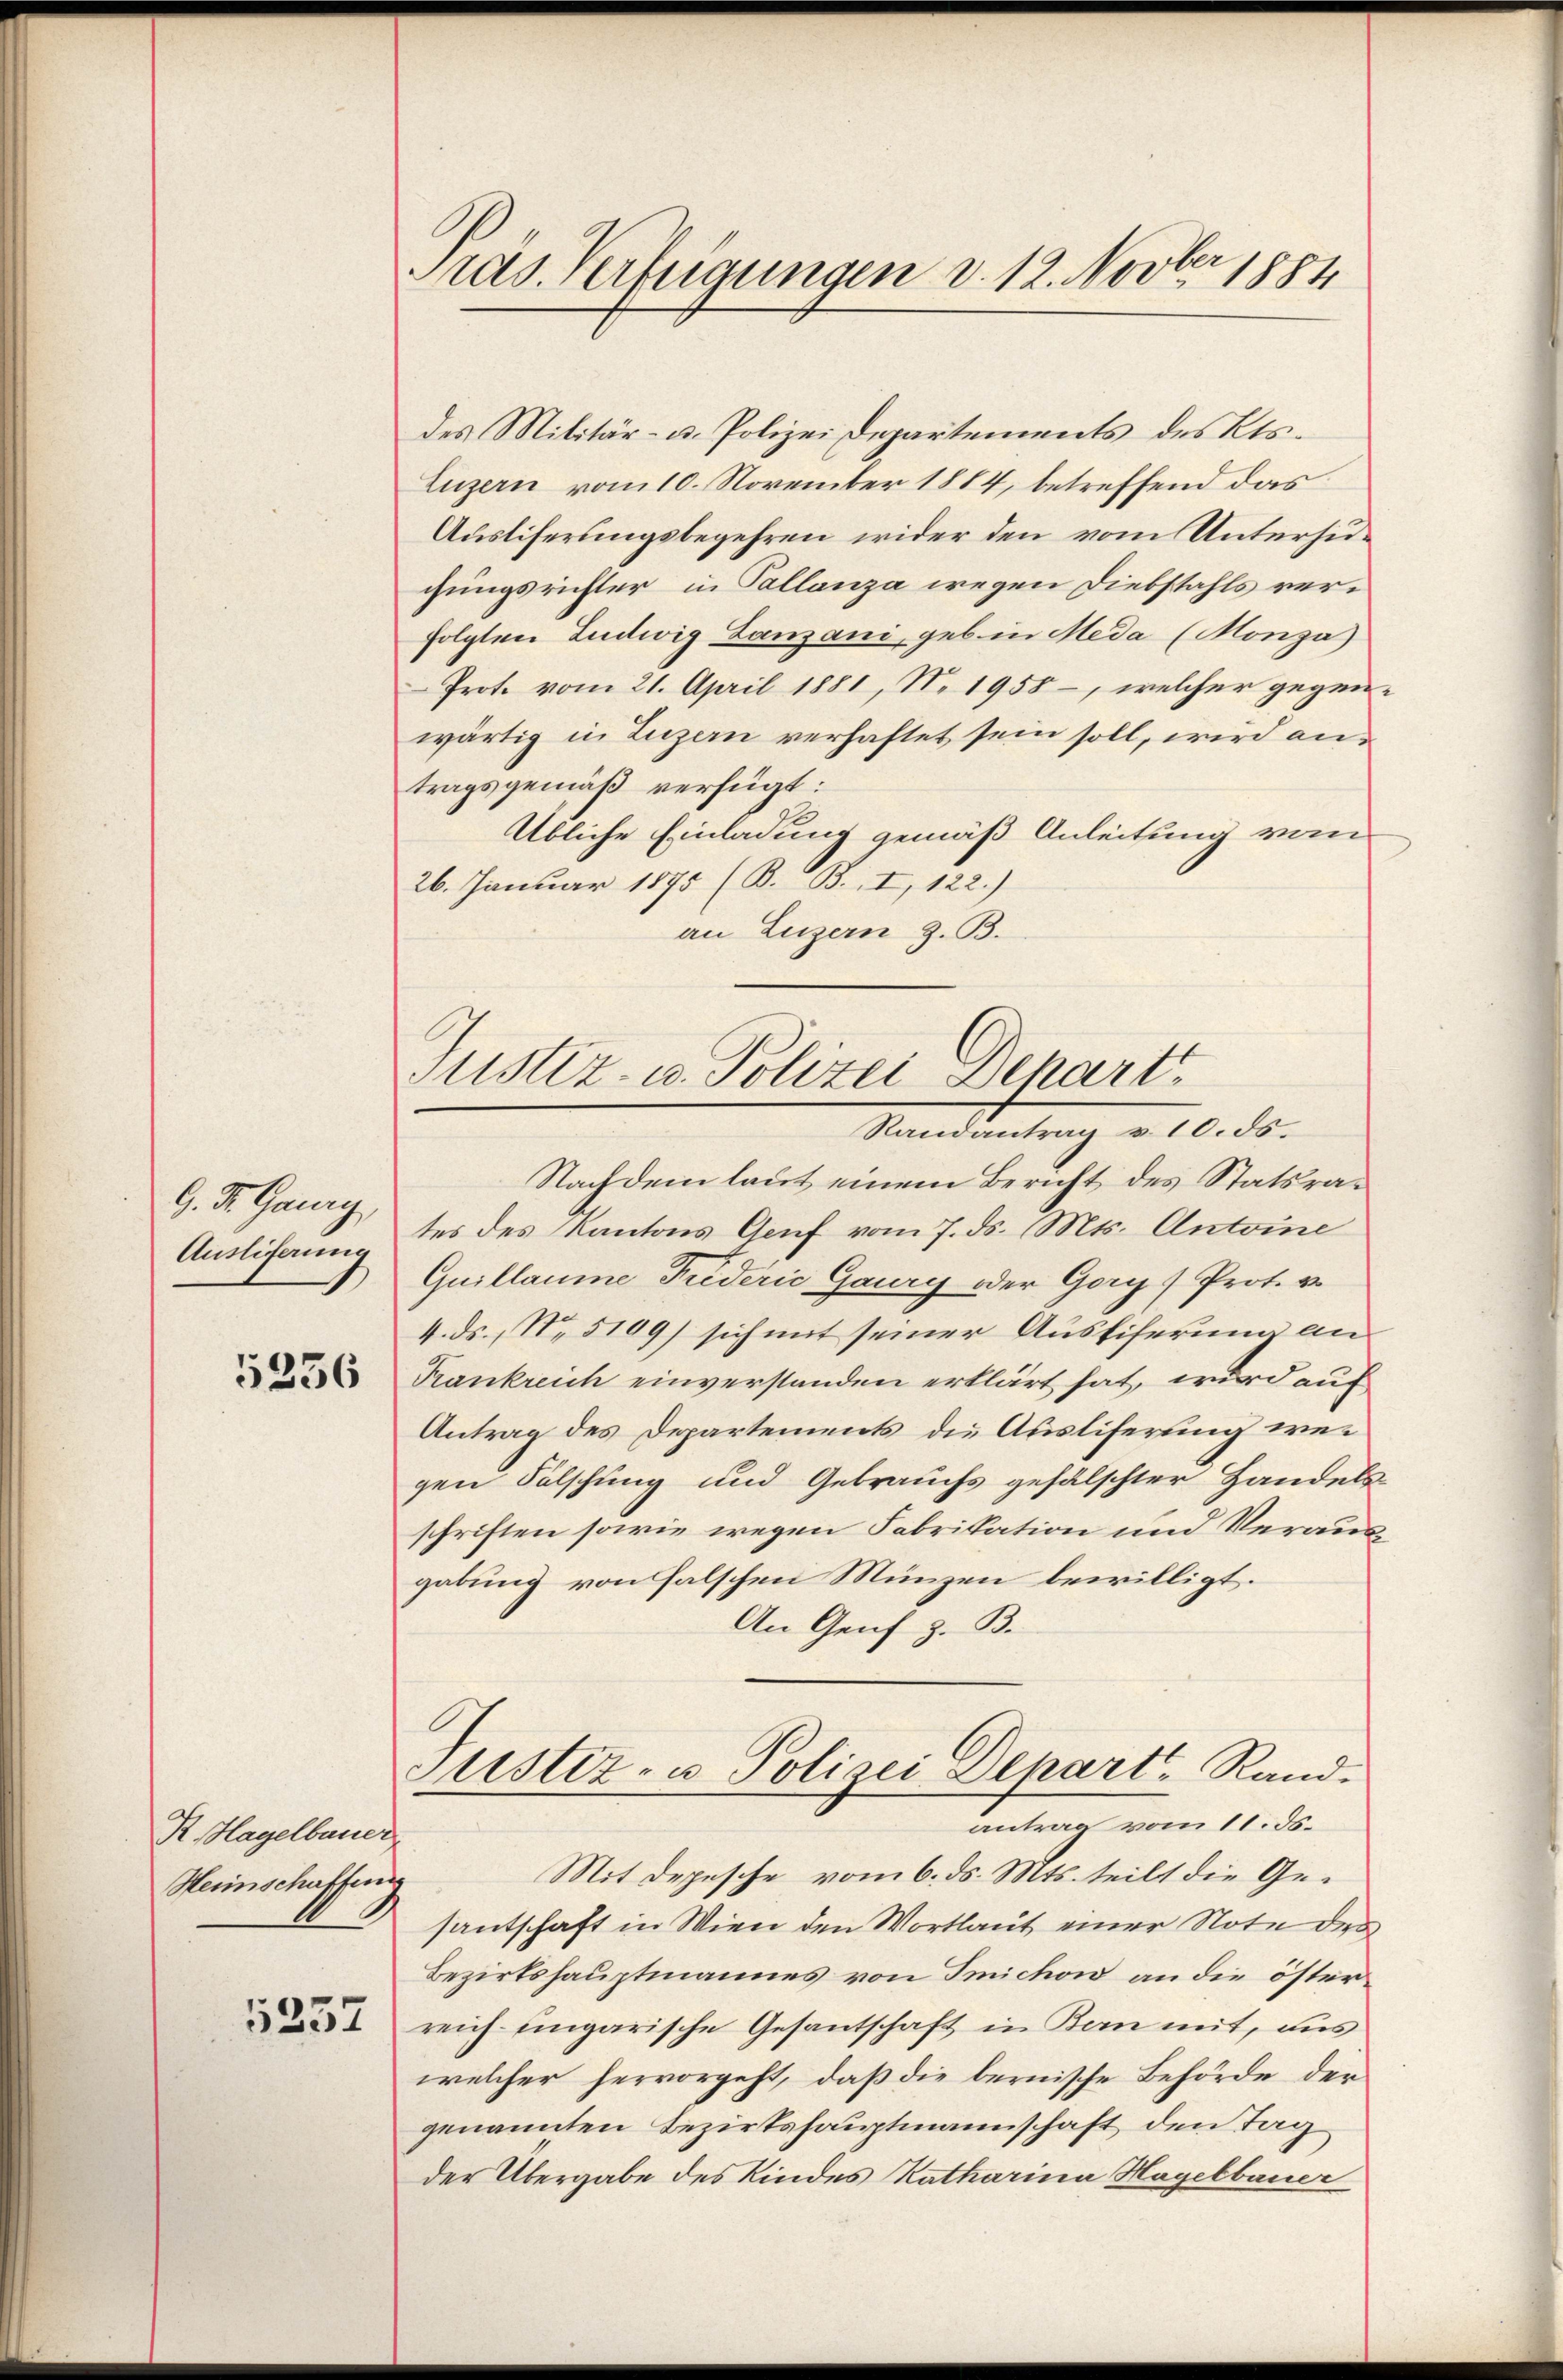
9. d. Gang,
Ausliferung

5236

R. Hagelbauer
Herinschaffenig
5332

Präs. Verfügungen d. 12. Novber 1884

des Militär- u. Polizei Departements des Kts.
Luzern vom 10. November 1864, betreffend das
Ausliferungsbegehren wider den vom Untersugungsrichter in Pollanza wegen Diebstahls verfolgten Ludwig Lanzani, geb. in Meda (Monza
Prote vom 21. April 1881, N. 1958, welcher gegenwärtig in Luzern verhaftet sein soll, wird antragsgemäß verfügt:
Übliche Einladung gemäß Anleitung vom
26. Januar 1895 (B. B. I, 122.)
an Luzern z. B.

Justiz- u. Polizei Dehart
Randantrag v. 10. ds.

Nachdem laut einem Bericht des Statsrates des Kantons Genf vom 7. ds. Mts. Antone
Quillaume Friderie Gaury oder Gary) Prot. v
4. ds. No 5109) sich mit seiner Austiferung an
Frankreich einverstanden erklärt hat, wird auf
Antrag des Departements die Ausliferung wegen Fälschung und Gebrauchs gefälschter Handels
schriften sowie wegen Fabrikation und Verausgabung von falschen Münzen bewilligt.
An Genf z. B.
Justiz- u Polizei Depart Rand.
antrag vom 11. ds.
Mit Depesche vom 6. ds. Mts. teilt die Gesantschaft in Wien den Wortlaut einer Note des
Bezirkshauptmannes von Imichon an die österreich ungarische Gesantschaft in an mit, aus
welcher hervorgeht, daß die bernische Behörde der
genannten Bezirkshauptmannschaft den Tag
der Übergabe des Kindes Katharina Hagelbauer